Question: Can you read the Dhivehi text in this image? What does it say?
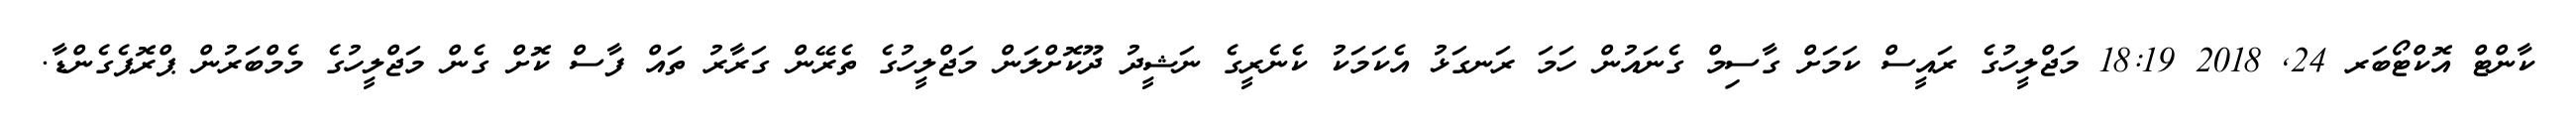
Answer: ކާންޓް އޮކްޓޯބަރ 24, 2018 18:19 މަޖްލީހުގެ ރައީސް ކަމަށް ގާސިމް ގެނައުން ހަމަ ރަނގަޅު އެކަމަކު ކެނެރީގެ ނަޝީދު ދޫކޮށްލަން މަޖްލީހުގެ ތެރޭން ގަރާރު ތައް ފާސް ކޮށް ގެން މަޖްލީހުގެ މެމްބަރުން ޕްރޮޕެގެންޑާ.